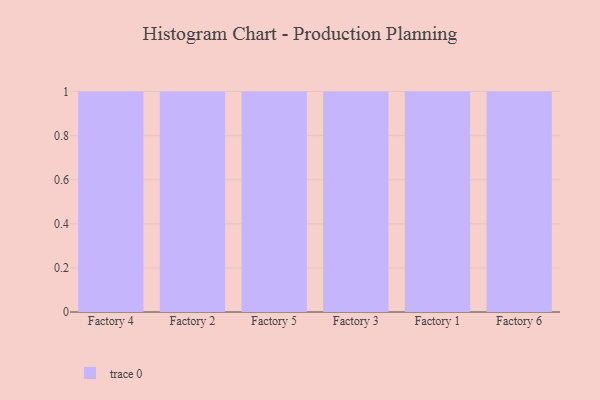
{"axis": {"x": "Factory", "y": "Operating Costs (USD K)"}, "legend": [""], "data": [{"x": "Factory 4", "y": 4, "type": ""}, {"x": "Factory 2", "y": 25, "type": ""}, {"x": "Factory 5", "y": 75, "type": ""}, {"x": "Factory 3", "y": 66, "type": ""}, {"x": "Factory 1", "y": 27, "type": ""}, {"x": "Factory 6", "y": 1, "type": ""}]}